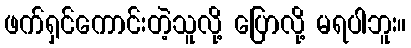
ဖက်ရှင်ကောင်းတဲ့သူလို့ ပြောလို့ မရပါဘူး။